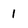
Character: 1